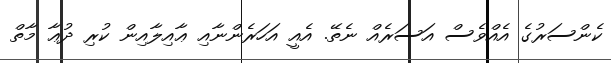
ކެންސަރުގެ އެއްވެސް އަސަރެއް ނެތޭ. އެއީ އަހަރެންނާއި ޢާއިލާއިން ކުރި ދުޢާ މާތް